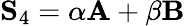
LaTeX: \mathbf{S}_{4}=\alpha\mathbf{A}+\beta\mathbf{B}